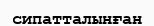
сипатталынған